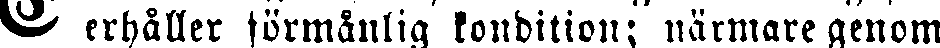
# erhåller förmånlig kondition; närmare genom